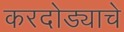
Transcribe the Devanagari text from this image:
करदोड्याचे